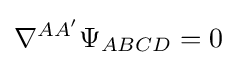
\nabla ^{AA'}\Psi _{ABCD}=0